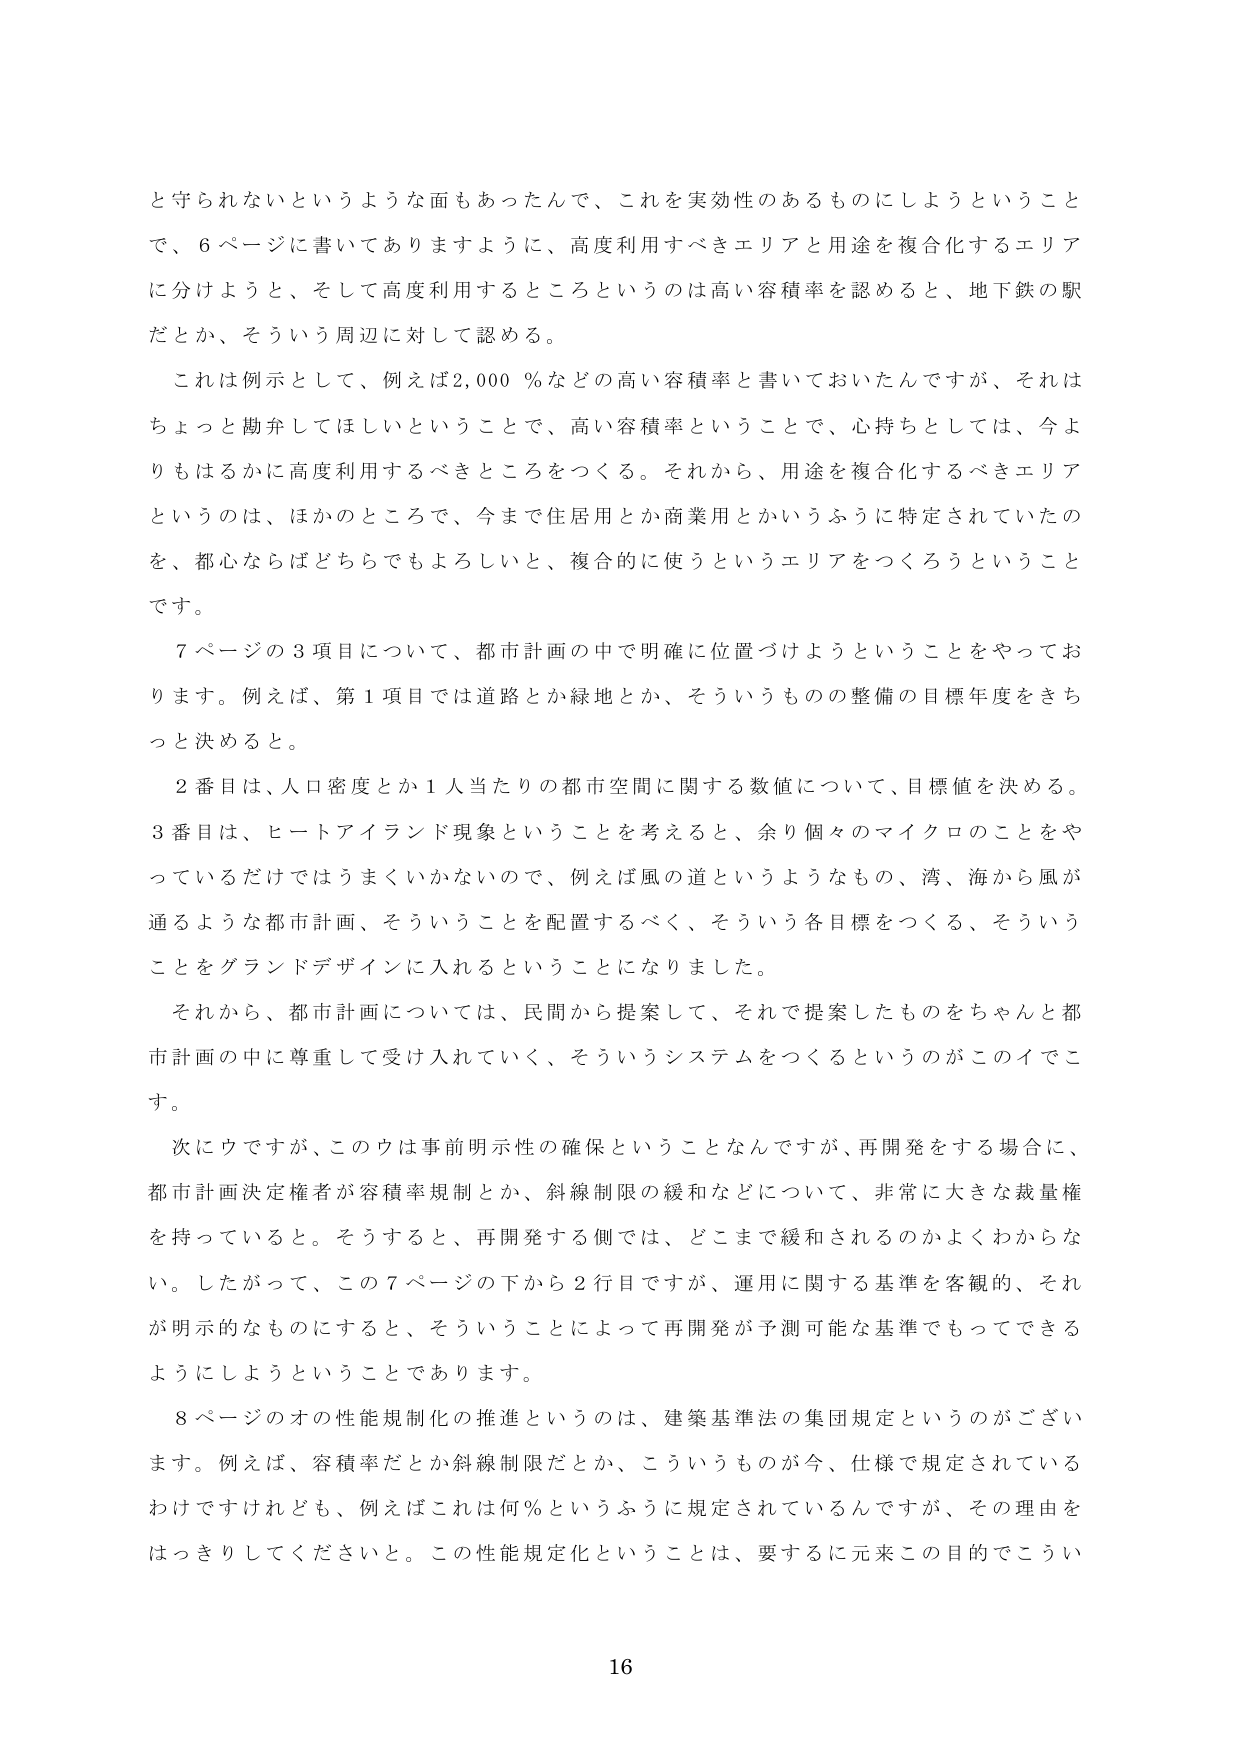
と守られないというような面もあったんで、これを実効性のあるものにしようということで、6ページに書いてありますように、高度利用すべきエリアと用途を複合化するエリアに分けようと、そして高度利用するところというのは高い容積率を認めると、地下鉄の駅だとか、そういう周辺に対して認める。

これは例示として、例えば2,000％などの高い容積率と書いておいたんですが、それはちょっと勘弁してほしいということで、高い容積率ということで、心持ちとしては、今よりもはるかに高度利用するべきところをつくる。それから、用途を複合化するべきエリアというのは、ほかのところで、今まで住居用とか商業用とかいうふうに特定されていたのを、都心ならばどちらでもよろしいと、複合的に使うというエリアをつくろうということです。

7ページの3項目について、都市計画の中で明確に位置づけようということをやっております。例えば、第1項目では道路とか緑地とか、そういうものの整備の目標年度をきちっと決めると。

2番目は、人口密度とか1人当たりの都市空間に関する数値について、目標値を決める。3番目は、ヒートアイランド現象ということを考えると、余り個々のマイクロのことをやっているだけではうまくいかないので、例えば風の道というようなもの、湾、海から風が通るような都市計画、そういうことを配置するべく、そういう各目標をつくる、そういうことをグランドデザインに入れるということになりました。

それから、都市計画については、民間から提案して、それで提案したものをちゃんと都市計画の中に尊重して受け入れていく、そういうシステムをつくるというのがこのイデです。

次にウですが、このウは事前明示性の確保ということなんですが、再開発をする場合に、都市計画決定権者が容積率規制とか、斜線制限の緩和などについて、非常に大きな裁量権を持っていると。そうすると、再開発する側では、どこまで緩和されるのかよくわからない。したがって、この7ページの下から2行目ですが、運用に関する基準を客観的、それが明示的なものにすると、そういうことによって再開発が予測可能な基準でもってできるようにしようということです。

8ページのオの性能規制化の推進というのは、建築基準法の集団規定というのがございます。例えば、容積率だとか斜線制限だとか、こういうものが今、仕様で規定されているわけですがけれども、例えばこれは何％というふうに規定されているんですが、その理由をはっきりしてくださいと。この性能規定化ということは、要するに元来この目的でこうい

16